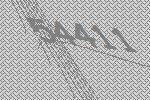
54411